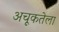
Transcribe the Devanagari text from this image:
अचूकतेला